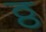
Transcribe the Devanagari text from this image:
ठ्ठ